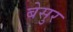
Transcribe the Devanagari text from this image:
बेसुर